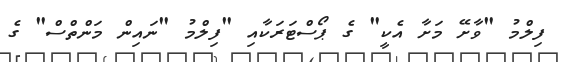
ފިލްމު "ވާށޭ މަށާ އެކީ" ގެ ޕޯސްޓަރަކާއި "ފިލްމު "ނައިން މަންތްސް" ގެ